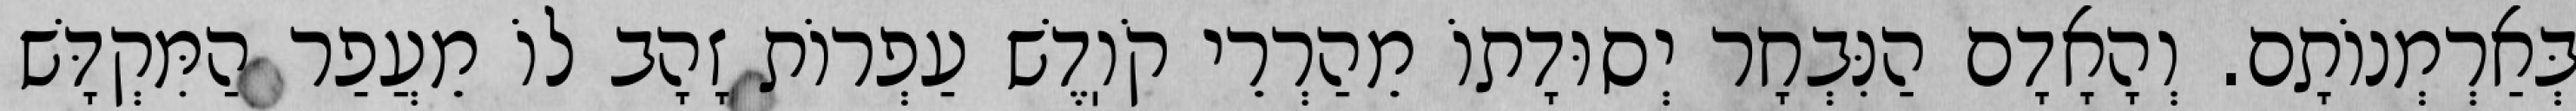
בְּאַרְמְנוֹתָם. וְהָאָדָם הַנִּבְחָר יְסוּדָתוֹ מֵהַרְרֵי קֹוֽדֶשׁ עַפְרוֹת זָהָב לוֹ מֵעֲפַר הַמִּקְדָּשׁ